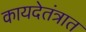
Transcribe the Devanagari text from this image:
कायदेतंत्रात